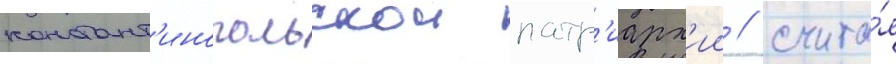
констант'инопольскои патр'иарх'ии / счита́я